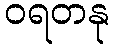
ဝရတနု